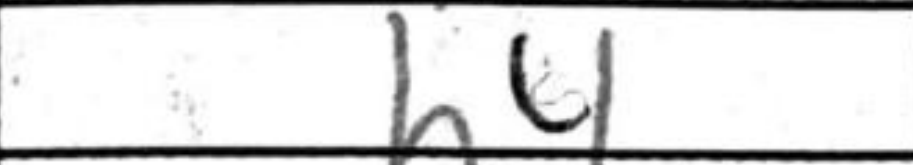
Transcription: h4